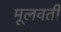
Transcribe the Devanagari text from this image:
मूलवर्ती